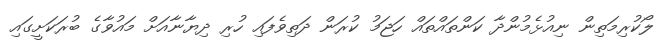
ލޯކުރިމަތިން ނިއުޅެމުންދާ ކަންތައްތައް ހަޖަމު ކުރަން ދަތިވެފައި ހުރި ދިޔާނާއަށް މައުވާގެ ބުރަކަށީގައި